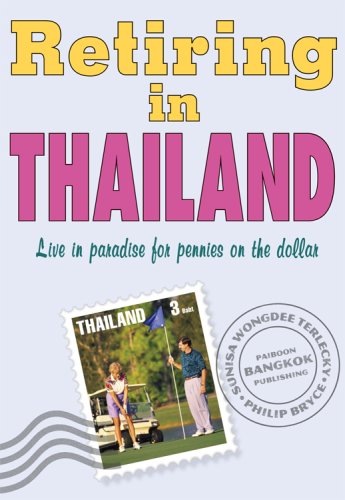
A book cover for Retiring in Thailand, Revised Edition; Sunisa W. Terlecky; Travel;